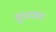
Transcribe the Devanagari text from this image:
सुधामय